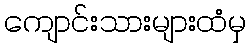
ကျောင်းသားများထံမှ